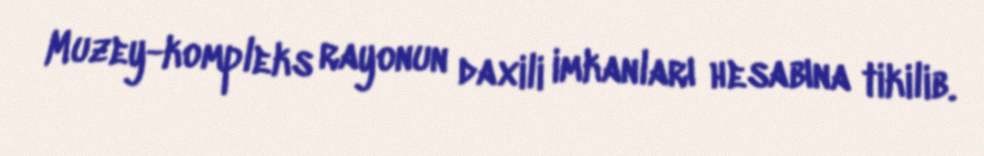
Muzey-kompleks rayonun daxili imkanları hesabına tikilib.